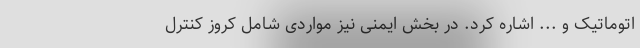
اتوماتیک و ... اشاره کرد. در بخش ایمنی نیز مواردی شامل کروز کنترل